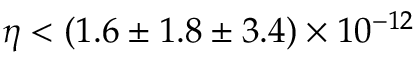
\eta < ( 1 . 6 \pm 1 . 8 \pm 3 . 4 ) \times 1 0 ^ { - 1 2 }